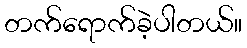
တက်ရောက်ခဲ့ပါတယ်။